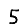
Digit: 5